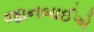
જાનબાઈએ